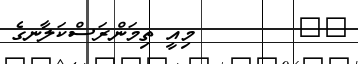
٣٩        މިއީ ތިމަންރަސްކަލާނގެ